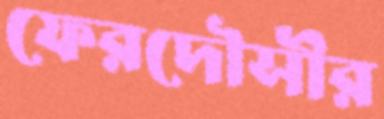
ফেরদৌসীর